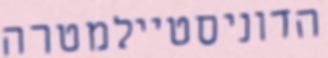
הדוניסטיילמטרה